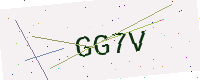
Text: GG7V